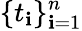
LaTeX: \{ t_{\mathbf{i}}\} _{\mathbf{i}=1}^{n}